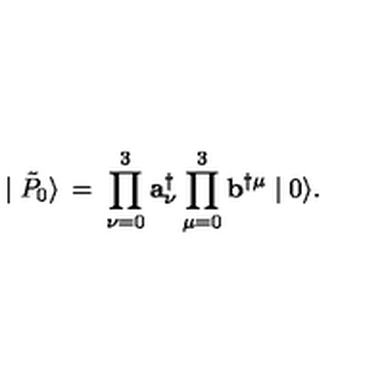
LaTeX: \mid \tilde { P } _ { 0 } \rangle \: = \: \prod _ { \nu = 0 } ^ { 3 } { \mathbf a } _ { \nu } ^ { \dagger } \prod _ { \mu = 0 } ^ { 3 } { \mathbf b } ^ { \dagger \mu } \mid 0 \rangle .